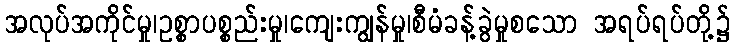
အလုပ်အကိုင်မှု၊ဥစ္စာပစ္စည်းမှု၊ကျေးကျွန်မှု၊စီမံခန့်ခွဲမှုစသော အရပ်ရပ်တို့၌